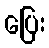
ပြေး